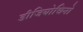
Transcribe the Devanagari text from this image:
डीजियोचिनो